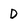
Character: D